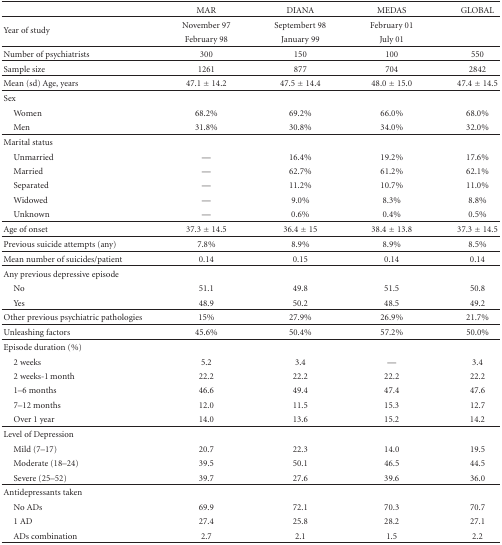
<table><thead><tr><td></td><td><b>MAR</b></td><td><b>DIANA</b></td><td><b>MEDAS</b></td><td><b>GLOBAL</b></td></tr></thead><tbody><tr><td rowspan="2">Year of study</td><td>November 97</td><td>September 98</td><td>February 01</td><td></td></tr><tr><td>February 98</td><td>January 99</td><td>July 01</td><td></td></tr><tr><td>Number of psychiatrists</td><td>300</td><td>150</td><td>100</td><td>550</td></tr><tr><td>Sample size</td><td>1261</td><td>877</td><td>704</td><td>2842</td></tr><tr><td>Mean (±) Age, years</td><td>47.1 ± 14.2</td><td>47.5 ± 14.4</td><td>48.0 ± 15.0</td><td>47.4 ± 14.5</td></tr><tr><td>Sex</td><td></td><td></td><td></td><td></td></tr><tr><td> Women</td><td>68.2%</td><td>69.2%</td><td>66.0%</td><td>68.0%</td></tr><tr><td> Men</td><td>31.8%</td><td>30.8%</td><td>34.0%</td><td>32.0%</td></tr><tr><td>Marital status</td><td></td><td></td><td></td><td></td></tr><tr><td> Unmarried</td><td>—</td><td>16.4%</td><td>19.2%</td><td>17.6%</td></tr><tr><td> Married</td><td>—</td><td>62.7%</td><td>61.2%</td><td>62.1%</td></tr><tr><td> Separated</td><td>—</td><td>11.2%</td><td>10.7%</td><td>11.0%</td></tr><tr><td> Widowed</td><td>—</td><td>9.0%</td><td>8.3%</td><td>8.8%</td></tr><tr><td> Unknown</td><td>—</td><td>0.6%</td><td>0.4%</td><td>0.5%</td></tr><tr><td>Age of onset</td><td>37.3 ± 14.5</td><td>36.4 ± 15</td><td>38.4 ± 13.8</td><td>37.3 ± 14.5</td></tr><tr><td>Previous suicide attempts (any)</td><td>7.8%</td><td>8.9%</td><td>8.9%</td><td>8.5%</td></tr><tr><td>Mean number of suicides/patient</td><td>0.14</td><td>0.15</td><td>0.14</td><td>0.14</td></tr><tr><td>Any previous depressive episode</td><td></td><td></td><td></td><td></td></tr><tr><td> No</td><td>51.1</td><td>49.8</td><td>51.5</td><td>50.8</td></tr><tr><td> Yes</td><td>48.9</td><td>50.2</td><td>48.5</td><td>49.2</td></tr><tr><td>Other previous psychiatric pathologies</td><td>15%</td><td>27.9%</td><td>26.9%</td><td>21.7%</td></tr><tr><td>Unleashing factors</td><td>45.6%</td><td>50.4%</td><td>57.2%</td><td>50.0%</td></tr><tr><td>Episode duration (%)</td><td></td><td></td><td></td><td></td></tr><tr><td> 2 weeks</td><td>5.2</td><td>3.4</td><td>—</td><td>3.4</td></tr><tr><td> 2 weeks-1 month</td><td>22.2</td><td>22.2</td><td>22.2</td><td>22.2</td></tr><tr><td> 1–6 months</td><td>46.6</td><td>49.4</td><td>47.4</td><td>47.6</td></tr><tr><td> 7–12 months</td><td>12.0</td><td>11.5</td><td>15.3</td><td>12.7</td></tr><tr><td> Over 1 year</td><td>14.0</td><td>13.6</td><td>15.2</td><td>14.2</td></tr><tr><td>Level of Depression</td><td></td><td></td><td></td><td></td></tr><tr><td> Mild (7–17)</td><td>20.7</td><td>22.3</td><td>14.0</td><td>19.5</td></tr><tr><td> Moderate (18–24)</td><td>39.5</td><td>50.1</td><td>46.5</td><td>44.5</td></tr><tr><td> Severe (25–52)</td><td>39.7</td><td>27.6</td><td>39.6</td><td>36.0</td></tr><tr><td>Antidepressants taken</td><td></td><td></td><td></td><td></td></tr><tr><td> No ADs</td><td>69.9</td><td>72.1</td><td>70.3</td><td>70.7</td></tr><tr><td> 1 AD</td><td>27.4</td><td>25.8</td><td>28.2</td><td>27.1</td></tr><tr><td> ADs combination</td><td>2.7</td><td>2.1</td><td>1.5</td><td>2.2</td></tr></tbody></table>